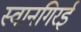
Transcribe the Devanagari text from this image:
स्वानगिरई